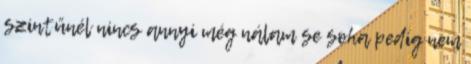
szintűnél nincs annyi még nálam se soha pedig nem